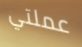
عملتي